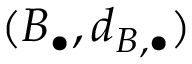
( B _ { \bullet } , d _ { B , \bullet } )